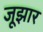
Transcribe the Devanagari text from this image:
जूझार